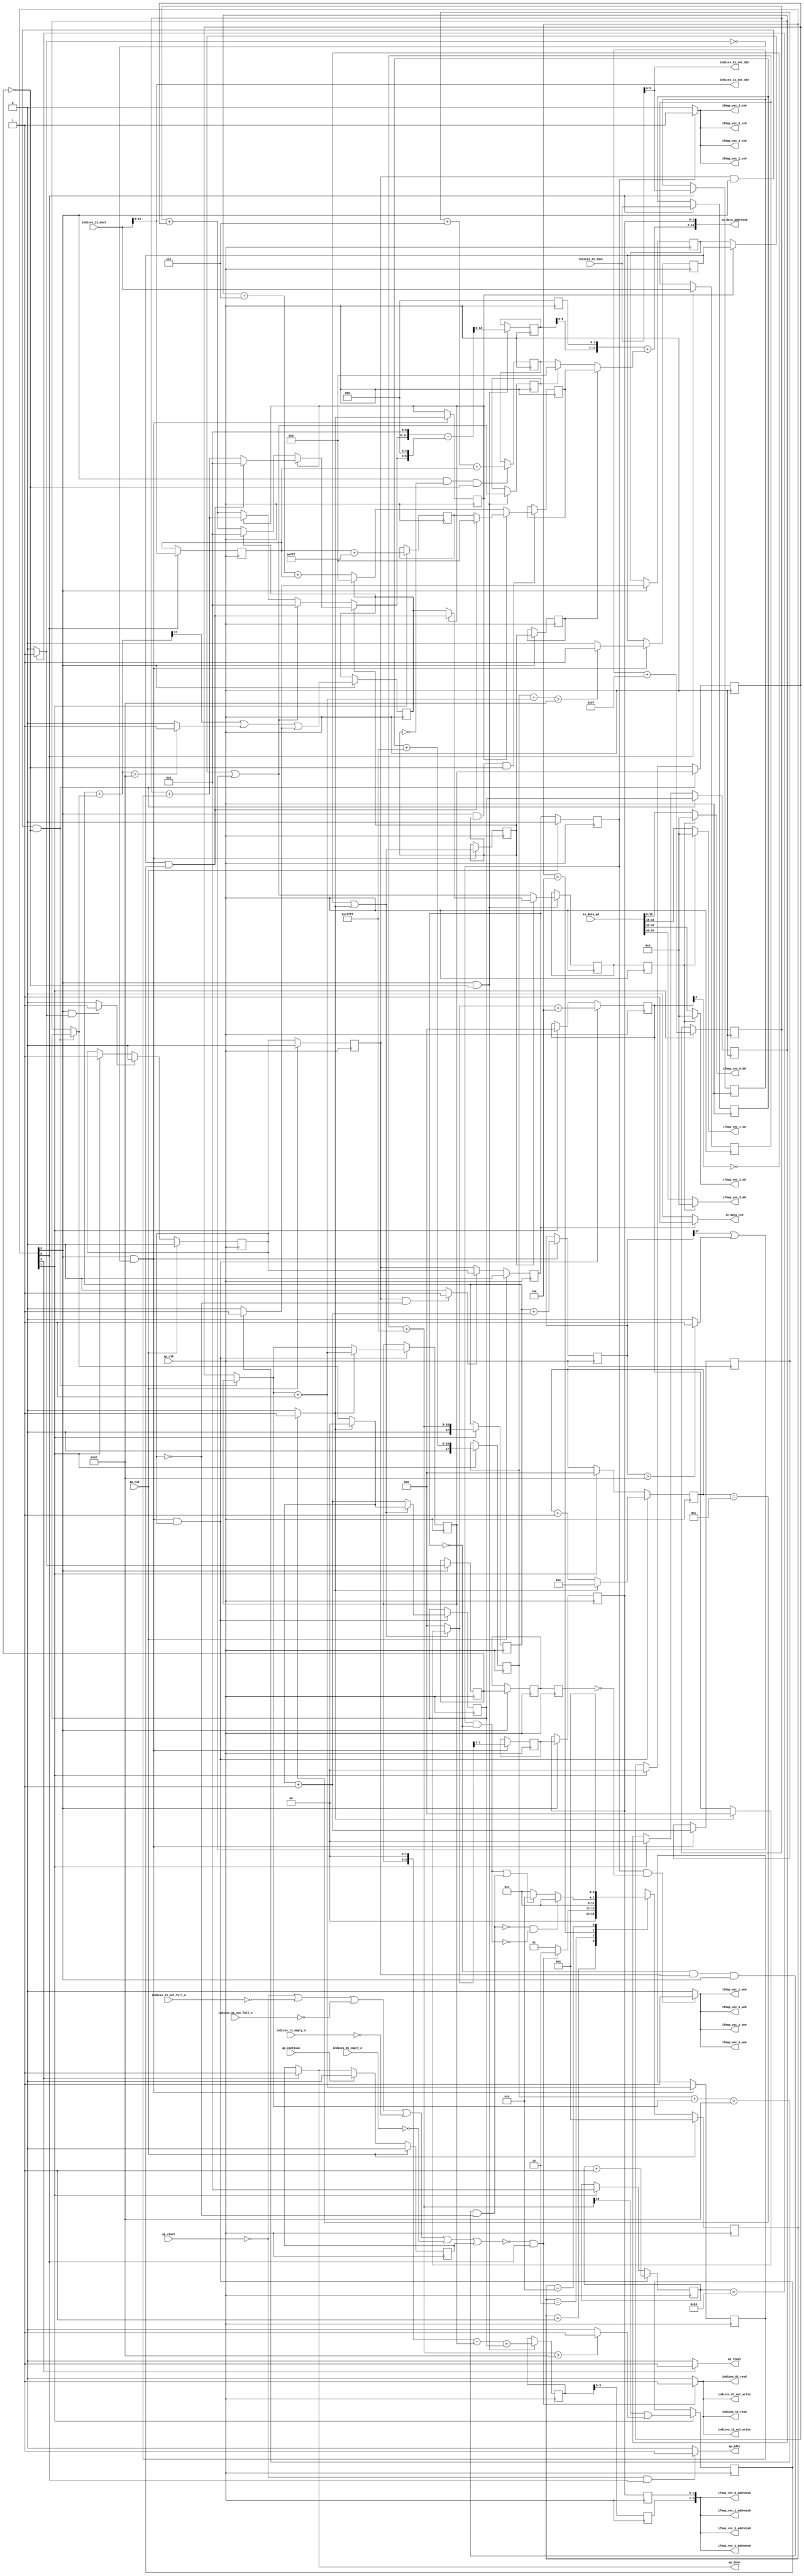
`define EXPONENT 5
`define MANTISSA 10
`define ACTUAL_MANTISSA 11
`define EXPONENT_LSB 10
`define EXPONENT_MSB 14
`define MANTISSA_LSB 0
`define MANTISSA_MSB 9
`define MANTISSA_MUL_SPLIT_LSB 3
`define MANTISSA_MUL_SPLIT_MSB 9
`define SIGN 1
`define SIGN_LOC 15
`define DWIDTH (`SIGN+`EXPONENT+`MANTISSA)
`define IEEE_COMPLIANCE 1

module td_fused_top_tdf4_readInputs37 (
        ap_clk,
        ap_rst,
        ap_start,
        ap_done,
        ap_continue,
        ap_idle,
        ap_ready,
        in_data_address0,
        in_data_ce0,
        in_data_q0,
        indices_01_dout,
        indices_01_empty_n,
        indices_01_read,
        indices_12_dout,
        indices_12_empty_n,
        indices_12_read,
        ifmap_vec_0_address0,
        ifmap_vec_0_ce0,
        ifmap_vec_0_we0,
        ifmap_vec_0_d0,
        ifmap_vec_1_address0,
        ifmap_vec_1_ce0,
        ifmap_vec_1_we0,
        ifmap_vec_1_d0,
        ifmap_vec_2_address0,
        ifmap_vec_2_ce0,
        ifmap_vec_2_we0,
        ifmap_vec_2_d0,
        ifmap_vec_3_address0,
        ifmap_vec_3_ce0,
        ifmap_vec_3_we0,
        ifmap_vec_3_d0,
        indices_01_out_din,
        indices_01_out_full_n,
        indices_01_out_write,
        indices_12_out_din,
        indices_12_out_full_n,
        indices_12_out_write
);

parameter    ap_ST_fsm_state1 = 4'd1;
parameter    ap_ST_fsm_state2 = 4'd2;
parameter    ap_ST_fsm_pp0_stage0 = 4'd4;
parameter    ap_ST_fsm_state7 = 4'd8;

input   ap_clk;
input   ap_rst;
input   ap_start;
output   ap_done;
input   ap_continue;
output   ap_idle;
output   ap_ready;
output  [13:0] in_data_address0;
output   in_data_ce0;
input  [63:0] in_data_q0;
input  [15:0] indices_01_dout;
input   indices_01_empty_n;
output   indices_01_read;
input  [15:0] indices_12_dout;
input   indices_12_empty_n;
output   indices_12_read;
output  [5:0] ifmap_vec_0_address0;
output   ifmap_vec_0_ce0;
output   ifmap_vec_0_we0;
output  [15:0] ifmap_vec_0_d0;
output  [5:0] ifmap_vec_1_address0;
output   ifmap_vec_1_ce0;
output   ifmap_vec_1_we0;
output  [15:0] ifmap_vec_1_d0;
output  [5:0] ifmap_vec_2_address0;
output   ifmap_vec_2_ce0;
output   ifmap_vec_2_we0;
output  [15:0] ifmap_vec_2_d0;
output  [5:0] ifmap_vec_3_address0;
output   ifmap_vec_3_ce0;
output   ifmap_vec_3_we0;
output  [15:0] ifmap_vec_3_d0;
output  [5:0] indices_01_out_din;
input   indices_01_out_full_n;
output   indices_01_out_write;
output  [11:0] indices_12_out_din;
input   indices_12_out_full_n;
output   indices_12_out_write;

reg ap_done;
reg ap_idle;
reg ap_ready;
reg in_data_ce0;
reg indices_01_read;
reg indices_12_read;
reg ifmap_vec_0_ce0;
reg ifmap_vec_0_we0;
reg ifmap_vec_1_ce0;
reg ifmap_vec_1_we0;
reg ifmap_vec_2_ce0;
reg ifmap_vec_2_we0;
reg ifmap_vec_3_ce0;
reg ifmap_vec_3_we0;
reg indices_01_out_write;
reg indices_12_out_write;

reg    ap_done_reg;
  reg   [3:0] ap_CS_fsm;
wire    ap_CS_fsm_state1;
reg    indices_01_blk_n;
reg    indices_12_blk_n;
reg    indices_01_out_blk_n;
reg    indices_12_out_blk_n;
reg   [5:0] indvar_flatten47_reg_231;
reg   [1:0] ii_reg_242;
reg   [4:0] indvar_flatten_reg_254;
reg   [1:0] jj_reg_265;
reg   [4:0] kk_reg_277;
reg   [15:0] indices_01_read_reg_909;
wire   [5:0] trunc_ln319_fu_288_p1;
reg   [5:0] trunc_ln319_reg_914;
reg   [15:0] indices_12_read_reg_919;
wire   [11:0] empty_fu_293_p1;
reg   [11:0] empty_reg_924;
wire   [17:0] p_cast_i_i_fu_310_p1;
reg   [17:0] p_cast_i_i_reg_931;
wire    ap_CS_fsm_state2;
wire   [17:0] sext_ln22_fu_320_p1;
reg   [17:0] sext_ln22_reg_937;
wire   [5:0] p_cast_fu_324_p2;
reg   [5:0] p_cast_reg_943;
wire   [0:0] or_ln23_16_fu_343_p2;
reg   [0:0] or_ln23_16_reg_949;
wire   [11:0] p_mid137_fu_349_p2;
reg   [11:0] p_mid137_reg_954;
wire   [5:0] add_ln19_4_fu_354_p2;
wire    ap_CS_fsm_pp0_stage0;
reg    ap_enable_reg_pp0_iter0;
wire    ap_block_state3_pp0_stage0_iter0;
wire    ap_block_state4_pp0_stage0_iter1;
wire    ap_block_state5_pp0_stage0_iter2;
wire    ap_block_state6_pp0_stage0_iter3;
wire    ap_block_pp0_stage0_11001;
wire   [0:0] empty_107_fu_369_p2;
reg   [0:0] empty_107_reg_964;
wire   [0:0] is_padding_fu_404_p2;
reg   [0:0] is_padding_reg_969;
wire   [0:0] icmp_ln19_fu_410_p2;
reg   [0:0] icmp_ln19_reg_976;
reg   [0:0] icmp_ln19_reg_976_pp0_iter1_reg;
reg   [0:0] icmp_ln19_reg_976_pp0_iter2_reg;
wire   [1:0] add_ln19_fu_416_p2;
reg   [1:0] add_ln19_reg_980;
wire   [0:0] icmp_ln20_fu_422_p2;
reg   [0:0] icmp_ln20_reg_985;
wire   [1:0] select_ln19_23_fu_444_p3;
reg   [1:0] select_ln19_23_reg_994;
wire   [0:0] p_mid113_fu_461_p2;
reg   [0:0] p_mid113_reg_1001;
wire   [0:0] or_ln19_fu_481_p2;
reg   [0:0] or_ln19_reg_1007;
reg   [0:0] or_ln19_reg_1007_pp0_iter1_reg;
wire   [1:0] add_ln20_fu_487_p2;
reg   [1:0] add_ln20_reg_1014;
wire   [1:0] select_ln20_16_fu_501_p3;
reg   [1:0] select_ln20_16_reg_1019;
wire   [17:0] add_ln22_5_fu_513_p2;
reg   [17:0] add_ln22_5_reg_1025;
reg   [1:0] lshr_ln_reg_1031;
reg   [1:0] lshr_ln_reg_1031_pp0_iter1_reg;
reg   [1:0] lshr_ln_reg_1031_pp0_iter2_reg;
wire   [4:0] add_ln25_fu_528_p2;
wire   [4:0] select_ln20_20_fu_540_p3;
wire   [11:0] select_ln19_28_fu_666_p3;
reg   [11:0] select_ln19_28_reg_1047;
wire   [5:0] add_ln33_fu_676_p2;
reg   [5:0] add_ln33_reg_1052;
reg   [5:0] add_ln33_reg_1052_pp0_iter2_reg;
wire   [0:0] or_ln23_20_fu_703_p2;
reg   [0:0] or_ln23_20_reg_1057;
wire   [0:0] select_ln20_17_fu_709_p3;
reg   [0:0] select_ln20_17_reg_1062;
reg   [0:0] select_ln20_17_reg_1062_pp0_iter2_reg;
wire   [11:0] p_mid1_fu_734_p2;
reg   [11:0] p_mid1_reg_1070;
wire   [12:0] sub_ln32_fu_770_p2;
reg   [12:0] sub_ln32_reg_1075;
wire    ap_block_pp0_stage0_subdone;
reg    ap_condition_pp0_flush_enable;
reg    ap_enable_reg_pp0_iter1;
reg    ap_enable_reg_pp0_iter2;
reg    ap_condition_pp0_exit_iter1_state4;
reg    ap_enable_reg_pp0_iter3;
reg   [1:0] ap_phi_mux_ii_phi_fu_246_p4;
wire    ap_block_pp0_stage0;
reg   [1:0] ap_phi_mux_jj_phi_fu_269_p4;
wire   [63:0] sext_ln32_fu_808_p1;
wire   [63:0] sext_ln33_fu_819_p1;
reg    ap_block_state1;
wire   [16:0] zext_ln19_fu_301_p1;
wire   [16:0] empty_105_fu_304_p2;
wire   [16:0] j_cast_i_i_fu_298_p1;
wire   [16:0] add_ln22_fu_314_p2;
wire   [0:0] tmp_45_fu_329_p3;
wire   [0:0] icmp_ln24_fu_337_p2;
wire   [17:0] ii_cast_i_i_fu_360_p1;
wire   [17:0] empty_106_fu_364_p2;
wire   [17:0] zext_ln20_fu_375_p1;
wire   [17:0] add_ln22_4_fu_379_p2;
wire   [0:0] tmp_46_fu_384_p3;
wire   [0:0] icmp_ln24_4_fu_392_p2;
wire   [0:0] or_ln23_fu_398_p2;
wire   [17:0] ii_cast_i_i_mid1_fu_452_p1;
wire   [17:0] p_mid111_fu_456_p2;
wire   [0:0] tmp_47_fu_467_p3;
wire   [0:0] xor_ln25_fu_475_p2;
wire   [1:0] select_ln19_fu_428_p3;
wire   [4:0] select_ln19_22_fu_436_p3;
wire   [17:0] zext_ln20_4_fu_509_p1;
wire   [4:0] select_ln20_fu_493_p3;
wire   [4:0] add_ln20_4_fu_534_p2;
wire   [5:0] ii_cast_fu_548_p1;
wire   [5:0] p_cast28_i_i_fu_552_p2;
wire   [2:0] zext_ln22_fu_557_p1;
wire   [2:0] tmp1_fu_568_p2;
wire   [11:0] tmp1_cast_fu_574_p1;
wire   [11:0] empty_108_fu_578_p2;
wire   [3:0] tmp_fu_593_p3;
wire   [4:0] zext_ln33_8_fu_600_p1;
wire   [4:0] zext_ln33_fu_590_p1;
wire   [4:0] sub_ln33_fu_604_p2;
wire   [5:0] ii_cast_mid1_fu_614_p1;
wire   [5:0] p_cast28_i_i_mid1_fu_617_p2;
wire   [0:0] or_ln23_18_fu_634_p2;
wire   [5:0] row_coord_int_mid131_fu_644_p3;
wire   [5:0] row_coord_int_fu_561_p3;
wire   [11:0] col_coord_int_mid139_fu_652_p3;
wire   [11:0] col_coord_int_fu_583_p3;
wire   [5:0] sub_ln33_cast_fu_610_p1;
wire   [5:0] zext_ln33_9_fu_673_p1;
wire   [0:0] tmp_48_fu_685_p3;
wire   [0:0] icmp_ln24_5_fu_692_p2;
wire   [0:0] or_ln23_19_fu_697_p2;
wire   [0:0] select_ln19_25_fu_629_p3;
wire   [0:0] select_ln19_26_fu_638_p3;
wire   [5:0] select_ln19_24_fu_622_p3;
wire   [2:0] zext_ln22_4_fu_682_p1;
wire   [2:0] tmp1_mid1_fu_724_p2;
wire   [11:0] tmp1_cast_mid1_fu_730_p1;
wire   [5:0] select_ln19_27_fu_659_p3;
wire   [5:0] row_coord_int_mid1_fu_716_p3;
wire   [5:0] select_ln20_18_fu_739_p3;
wire   [11:0] tmp_s_fu_746_p3;
wire   [8:0] tmp_28_fu_758_p3;
wire   [12:0] zext_ln32_fu_754_p1;
wire   [12:0] zext_ln32_32_fu_766_p1;
wire   [11:0] col_coord_int_mid1_fu_776_p3;
wire   [11:0] select_ln20_19_fu_785_p3;
wire   [13:0] sext_ln20_fu_782_p1;
wire   [13:0] zext_ln32_33_fu_791_p1;
wire   [13:0] add_ln32_fu_795_p2;
wire   [15:0] tmp_49_fu_801_p3;
wire   [7:0] tmp_50_fu_813_p3;
wire   [15:0] trunc_ln32_fu_827_p1;
wire   [15:0] in_data_elem_fu_831_p1;
wire   [15:0] tmp_144_i_i_fu_843_p4;
wire   [15:0] in_data_elem_6_fu_853_p1;
wire   [15:0] tmp_145_i_i_fu_865_p4;
wire   [15:0] in_data_elem_7_fu_875_p1;
wire   [15:0] tmp_146_i_i_fu_887_p4;
wire   [15:0] in_data_elem_8_fu_897_p1;
wire    ap_CS_fsm_state7;
reg   [3:0] ap_NS_fsm;
reg    ap_idle_pp0;
wire    ap_enable_pp0;
wire    ap_ce_reg;

// power-on initialization
initial begin
#0 ap_done_reg = 1'b0;
#0 ap_CS_fsm = 4'd1;
#0 ap_enable_reg_pp0_iter0 = 1'b0;
#0 ap_enable_reg_pp0_iter1 = 1'b0;
#0 ap_enable_reg_pp0_iter2 = 1'b0;
#0 ap_enable_reg_pp0_iter3 = 1'b0;
end

always @ (posedge ap_clk) begin
    if (ap_rst == 1'b1) begin
        ap_CS_fsm <= ap_ST_fsm_state1;
    end else begin
        ap_CS_fsm <= ap_NS_fsm;
    end
end

always @ (posedge ap_clk) begin
    if (ap_rst == 1'b1) begin
        ap_done_reg <= 1'b0;
    end else begin
        if ((ap_continue == 1'b1)) begin
            ap_done_reg <= 1'b0;
        end else if ((1'b1 == ap_CS_fsm_state7)) begin
            ap_done_reg <= 1'b1;
        end
    end
end

always @ (posedge ap_clk) begin
    if (ap_rst == 1'b1) begin
        ap_enable_reg_pp0_iter0 <= 1'b0;
    end else begin
        if ((1'b1 == ap_condition_pp0_flush_enable)) begin
            ap_enable_reg_pp0_iter0 <= 1'b0;
        end else if ((1'b1 == ap_CS_fsm_state2)) begin
            ap_enable_reg_pp0_iter0 <= 1'b1;
        end
    end
end

always @ (posedge ap_clk) begin
    if (ap_rst == 1'b1) begin
        ap_enable_reg_pp0_iter1 <= 1'b0;
    end else begin
        if ((1'b0 == ap_block_pp0_stage0_subdone)) begin
            ap_enable_reg_pp0_iter1 <= ap_enable_reg_pp0_iter0;
        end
    end
end

always @ (posedge ap_clk) begin
    if (ap_rst == 1'b1) begin
        ap_enable_reg_pp0_iter2 <= 1'b0;
    end else begin
        if ((1'b0 == ap_block_pp0_stage0_subdone)) begin
            if ((1'b1 == ap_condition_pp0_exit_iter1_state4)) begin
                ap_enable_reg_pp0_iter2 <= ap_enable_reg_pp0_iter0;
            end else if ((1'b1 == 1'b1)) begin
                ap_enable_reg_pp0_iter2 <= ap_enable_reg_pp0_iter1;
            end
        end
    end
end

always @ (posedge ap_clk) begin
    if (ap_rst == 1'b1) begin
        ap_enable_reg_pp0_iter3 <= 1'b0;
    end else begin
        if ((1'b0 == ap_block_pp0_stage0_subdone)) begin
            ap_enable_reg_pp0_iter3 <= ap_enable_reg_pp0_iter2;
        end else if ((1'b1 == ap_CS_fsm_state2)) begin
            ap_enable_reg_pp0_iter3 <= 1'b0;
        end
    end
end

always @ (posedge ap_clk) begin
    if (((ap_enable_reg_pp0_iter1 == 1'b1) & (1'b1 == ap_CS_fsm_pp0_stage0) & (icmp_ln19_reg_976 == 1'd0) & (1'b0 == ap_block_pp0_stage0_11001))) begin
        ii_reg_242 <= select_ln19_23_reg_994;
    end else if ((1'b1 == ap_CS_fsm_state2)) begin
        ii_reg_242 <= 2'd0;
    end
end

always @ (posedge ap_clk) begin
    if (((1'b1 == ap_CS_fsm_pp0_stage0) & (icmp_ln19_fu_410_p2 == 1'd0) & (1'b0 == ap_block_pp0_stage0_11001) & (ap_enable_reg_pp0_iter0 == 1'b1))) begin
        indvar_flatten47_reg_231 <= add_ln19_4_fu_354_p2;
    end else if ((1'b1 == ap_CS_fsm_state2)) begin
        indvar_flatten47_reg_231 <= 6'd0;
    end
end

always @ (posedge ap_clk) begin
    if (((1'b1 == ap_CS_fsm_pp0_stage0) & (icmp_ln19_fu_410_p2 == 1'd0) & (1'b0 == ap_block_pp0_stage0_11001) & (ap_enable_reg_pp0_iter0 == 1'b1))) begin
        indvar_flatten_reg_254 <= select_ln20_20_fu_540_p3;
    end else if ((1'b1 == ap_CS_fsm_state2)) begin
        indvar_flatten_reg_254 <= 5'd0;
    end
end

always @ (posedge ap_clk) begin
    if (((ap_enable_reg_pp0_iter1 == 1'b1) & (1'b1 == ap_CS_fsm_pp0_stage0) & (icmp_ln19_reg_976 == 1'd0) & (1'b0 == ap_block_pp0_stage0_11001))) begin
        jj_reg_265 <= select_ln20_16_reg_1019;
    end else if ((1'b1 == ap_CS_fsm_state2)) begin
        jj_reg_265 <= 2'd0;
    end
end

always @ (posedge ap_clk) begin
    if (((1'b1 == ap_CS_fsm_pp0_stage0) & (icmp_ln19_fu_410_p2 == 1'd0) & (1'b0 == ap_block_pp0_stage0_11001) & (ap_enable_reg_pp0_iter0 == 1'b1))) begin
        kk_reg_277 <= add_ln25_fu_528_p2;
    end else if ((1'b1 == ap_CS_fsm_state2)) begin
        kk_reg_277 <= 5'd0;
    end
end

always @ (posedge ap_clk) begin
    if (((1'b1 == ap_CS_fsm_pp0_stage0) & (icmp_ln19_fu_410_p2 == 1'd0) & (1'b0 == ap_block_pp0_stage0_11001))) begin
        add_ln19_reg_980 <= add_ln19_fu_416_p2;
        add_ln20_reg_1014 <= add_ln20_fu_487_p2;
        add_ln22_5_reg_1025 <= add_ln22_5_fu_513_p2;
        icmp_ln20_reg_985 <= icmp_ln20_fu_422_p2;
        lshr_ln_reg_1031 <= {{select_ln20_fu_493_p3[3:2]}};
        or_ln19_reg_1007 <= or_ln19_fu_481_p2;
        p_mid113_reg_1001 <= p_mid113_fu_461_p2;
    end
end

always @ (posedge ap_clk) begin
    if (((1'b1 == ap_CS_fsm_pp0_stage0) & (icmp_ln19_reg_976 == 1'd0) & (1'b0 == ap_block_pp0_stage0_11001))) begin
        add_ln33_reg_1052 <= add_ln33_fu_676_p2;
        or_ln23_20_reg_1057 <= or_ln23_20_fu_703_p2;
        select_ln20_17_reg_1062 <= select_ln20_17_fu_709_p3;
        sub_ln32_reg_1075[12 : 3] <= sub_ln32_fu_770_p2[12 : 3];
    end
end

always @ (posedge ap_clk) begin
    if ((1'b0 == ap_block_pp0_stage0_11001)) begin
        add_ln33_reg_1052_pp0_iter2_reg <= add_ln33_reg_1052;
        icmp_ln19_reg_976_pp0_iter2_reg <= icmp_ln19_reg_976_pp0_iter1_reg;
        lshr_ln_reg_1031_pp0_iter2_reg <= lshr_ln_reg_1031_pp0_iter1_reg;
        select_ln20_17_reg_1062_pp0_iter2_reg <= select_ln20_17_reg_1062;
    end
end

always @ (posedge ap_clk) begin
    if (((1'b1 == ap_CS_fsm_pp0_stage0) & (1'b0 == ap_block_pp0_stage0_11001))) begin
        empty_107_reg_964 <= empty_107_fu_369_p2;
        icmp_ln19_reg_976 <= icmp_ln19_fu_410_p2;
        icmp_ln19_reg_976_pp0_iter1_reg <= icmp_ln19_reg_976;
        is_padding_reg_969 <= is_padding_fu_404_p2;
        lshr_ln_reg_1031_pp0_iter1_reg <= lshr_ln_reg_1031;
        or_ln19_reg_1007_pp0_iter1_reg <= or_ln19_reg_1007;
    end
end

always @ (posedge ap_clk) begin
    if ((1'b1 == ap_CS_fsm_state1)) begin
        empty_reg_924 <= empty_fu_293_p1;
        indices_01_read_reg_909 <= indices_01_dout;
        indices_12_read_reg_919 <= indices_12_dout;
        trunc_ln319_reg_914 <= trunc_ln319_fu_288_p1;
    end
end

always @ (posedge ap_clk) begin
    if ((1'b1 == ap_CS_fsm_state2)) begin
        or_ln23_16_reg_949 <= or_ln23_16_fu_343_p2;
        p_cast_i_i_reg_931 <= p_cast_i_i_fu_310_p1;
        p_cast_reg_943 <= p_cast_fu_324_p2;
        p_mid137_reg_954 <= p_mid137_fu_349_p2;
        sext_ln22_reg_937 <= sext_ln22_fu_320_p1;
    end
end

always @ (posedge ap_clk) begin
    if (((1'b1 == ap_CS_fsm_pp0_stage0) & (or_ln19_reg_1007 == 1'd0) & (icmp_ln19_reg_976 == 1'd0) & (1'b0 == ap_block_pp0_stage0_11001))) begin
        p_mid1_reg_1070 <= p_mid1_fu_734_p2;
    end
end

always @ (posedge ap_clk) begin
    if (((1'b1 == ap_CS_fsm_pp0_stage0) & (icmp_ln19_fu_410_p2 == 1'd0) & (1'b0 == ap_block_pp0_stage0_11001) & (ap_enable_reg_pp0_iter0 == 1'b1))) begin
        select_ln19_23_reg_994 <= select_ln19_23_fu_444_p3;
        select_ln20_16_reg_1019 <= select_ln20_16_fu_501_p3;
    end
end

always @ (posedge ap_clk) begin
    if (((1'b1 == ap_CS_fsm_pp0_stage0) & (or_ln19_reg_1007 == 1'd1) & (icmp_ln19_reg_976 == 1'd0) & (1'b0 == ap_block_pp0_stage0_11001))) begin
        select_ln19_28_reg_1047 <= select_ln19_28_fu_666_p3;
    end
end

always @ (*) begin
    if (((ap_enable_reg_pp0_iter1 == 1'b1) & (ap_enable_reg_pp0_iter0 == 1'b0))) begin
        ap_condition_pp0_exit_iter1_state4 = 1'b1;
    end else begin
        ap_condition_pp0_exit_iter1_state4 = 1'b0;
    end
end

always @ (*) begin
    if (((1'b1 == ap_CS_fsm_pp0_stage0) & (icmp_ln19_fu_410_p2 == 1'd1) & (1'b0 == ap_block_pp0_stage0_subdone))) begin
        ap_condition_pp0_flush_enable = 1'b1;
    end else begin
        ap_condition_pp0_flush_enable = 1'b0;
    end
end

always @ (*) begin
    if ((1'b1 == ap_CS_fsm_state7)) begin
        ap_done = 1'b1;
    end else begin
        ap_done = ap_done_reg;
    end
end

always @ (*) begin
    if (((ap_start == 1'b0) & (1'b1 == ap_CS_fsm_state1))) begin
        ap_idle = 1'b1;
    end else begin
        ap_idle = 1'b0;
    end
end

always @ (*) begin
    if (((ap_enable_reg_pp0_iter3 == 1'b0) & (ap_enable_reg_pp0_iter2 == 1'b0) & (ap_enable_reg_pp0_iter1 == 1'b0) & (ap_enable_reg_pp0_iter0 == 1'b0))) begin
        ap_idle_pp0 = 1'b1;
    end else begin
        ap_idle_pp0 = 1'b0;
    end
end

always @ (*) begin
    if (((ap_enable_reg_pp0_iter1 == 1'b1) & (1'b1 == ap_CS_fsm_pp0_stage0) & (icmp_ln19_reg_976 == 1'd0) & (1'b0 == ap_block_pp0_stage0))) begin
        ap_phi_mux_ii_phi_fu_246_p4 = select_ln19_23_reg_994;
    end else begin
        ap_phi_mux_ii_phi_fu_246_p4 = ii_reg_242;
    end
end

always @ (*) begin
    if (((ap_enable_reg_pp0_iter1 == 1'b1) & (1'b1 == ap_CS_fsm_pp0_stage0) & (icmp_ln19_reg_976 == 1'd0) & (1'b0 == ap_block_pp0_stage0))) begin
        ap_phi_mux_jj_phi_fu_269_p4 = select_ln20_16_reg_1019;
    end else begin
        ap_phi_mux_jj_phi_fu_269_p4 = jj_reg_265;
    end
end

always @ (*) begin
    if ((1'b1 == ap_CS_fsm_state7)) begin
        ap_ready = 1'b1;
    end else begin
        ap_ready = 1'b0;
    end
end

always @ (*) begin
    if (((ap_enable_reg_pp0_iter3 == 1'b1) & (1'b0 == ap_block_pp0_stage0_11001))) begin
        ifmap_vec_0_ce0 = 1'b1;
    end else begin
        ifmap_vec_0_ce0 = 1'b0;
    end
end

always @ (*) begin
    if (((ap_enable_reg_pp0_iter3 == 1'b1) & (icmp_ln19_reg_976_pp0_iter2_reg == 1'd0) & (1'b0 == ap_block_pp0_stage0_11001))) begin
        ifmap_vec_0_we0 = 1'b1;
    end else begin
        ifmap_vec_0_we0 = 1'b0;
    end
end

always @ (*) begin
    if (((ap_enable_reg_pp0_iter3 == 1'b1) & (1'b0 == ap_block_pp0_stage0_11001))) begin
        ifmap_vec_1_ce0 = 1'b1;
    end else begin
        ifmap_vec_1_ce0 = 1'b0;
    end
end

always @ (*) begin
    if (((ap_enable_reg_pp0_iter3 == 1'b1) & (icmp_ln19_reg_976_pp0_iter2_reg == 1'd0) & (1'b0 == ap_block_pp0_stage0_11001))) begin
        ifmap_vec_1_we0 = 1'b1;
    end else begin
        ifmap_vec_1_we0 = 1'b0;
    end
end

always @ (*) begin
    if (((ap_enable_reg_pp0_iter3 == 1'b1) & (1'b0 == ap_block_pp0_stage0_11001))) begin
        ifmap_vec_2_ce0 = 1'b1;
    end else begin
        ifmap_vec_2_ce0 = 1'b0;
    end
end

always @ (*) begin
    if (((ap_enable_reg_pp0_iter3 == 1'b1) & (icmp_ln19_reg_976_pp0_iter2_reg == 1'd0) & (1'b0 == ap_block_pp0_stage0_11001))) begin
        ifmap_vec_2_we0 = 1'b1;
    end else begin
        ifmap_vec_2_we0 = 1'b0;
    end
end

always @ (*) begin
    if (((ap_enable_reg_pp0_iter3 == 1'b1) & (1'b0 == ap_block_pp0_stage0_11001))) begin
        ifmap_vec_3_ce0 = 1'b1;
    end else begin
        ifmap_vec_3_ce0 = 1'b0;
    end
end

always @ (*) begin
    if (((ap_enable_reg_pp0_iter3 == 1'b1) & (icmp_ln19_reg_976_pp0_iter2_reg == 1'd0) & (1'b0 == ap_block_pp0_stage0_11001))) begin
        ifmap_vec_3_we0 = 1'b1;
    end else begin
        ifmap_vec_3_we0 = 1'b0;
    end
end

always @ (*) begin
    if (((ap_enable_reg_pp0_iter2 == 1'b1) & (1'b0 == ap_block_pp0_stage0_11001))) begin
        in_data_ce0 = 1'b1;
    end else begin
        in_data_ce0 = 1'b0;
    end
end

always @ (*) begin
    if ((~((ap_start == 1'b0) | (ap_done_reg == 1'b1)) & (1'b1 == ap_CS_fsm_state1))) begin
        indices_01_blk_n = indices_01_empty_n;
    end else begin
        indices_01_blk_n = 1'b1;
    end
end

always @ (*) begin
    if ((~((ap_start == 1'b0) | (ap_done_reg == 1'b1)) & (1'b1 == ap_CS_fsm_state1))) begin
        indices_01_out_blk_n = indices_01_out_full_n;
    end else begin
        indices_01_out_blk_n = 1'b1;
    end
end

always @ (*) begin
    if ((~((ap_start == 1'b0) | (indices_12_out_full_n == 1'b0) | (indices_01_out_full_n == 1'b0) | (indices_12_empty_n == 1'b0) | (indices_01_empty_n == 1'b0) | (ap_done_reg == 1'b1)) & (1'b1 == ap_CS_fsm_state1))) begin
        indices_01_out_write = 1'b1;
    end else begin
        indices_01_out_write = 1'b0;
    end
end

always @ (*) begin
    if ((~((ap_start == 1'b0) | (indices_12_out_full_n == 1'b0) | (indices_01_out_full_n == 1'b0) | (indices_12_empty_n == 1'b0) | (indices_01_empty_n == 1'b0) | (ap_done_reg == 1'b1)) & (1'b1 == ap_CS_fsm_state1))) begin
        indices_01_read = 1'b1;
    end else begin
        indices_01_read = 1'b0;
    end
end

always @ (*) begin
    if ((~((ap_start == 1'b0) | (ap_done_reg == 1'b1)) & (1'b1 == ap_CS_fsm_state1))) begin
        indices_12_blk_n = indices_12_empty_n;
    end else begin
        indices_12_blk_n = 1'b1;
    end
end

always @ (*) begin
    if ((~((ap_start == 1'b0) | (ap_done_reg == 1'b1)) & (1'b1 == ap_CS_fsm_state1))) begin
        indices_12_out_blk_n = indices_12_out_full_n;
    end else begin
        indices_12_out_blk_n = 1'b1;
    end
end

always @ (*) begin
    if ((~((ap_start == 1'b0) | (indices_12_out_full_n == 1'b0) | (indices_01_out_full_n == 1'b0) | (indices_12_empty_n == 1'b0) | (indices_01_empty_n == 1'b0) | (ap_done_reg == 1'b1)) & (1'b1 == ap_CS_fsm_state1))) begin
        indices_12_out_write = 1'b1;
    end else begin
        indices_12_out_write = 1'b0;
    end
end

always @ (*) begin
    if ((~((ap_start == 1'b0) | (indices_12_out_full_n == 1'b0) | (indices_01_out_full_n == 1'b0) | (indices_12_empty_n == 1'b0) | (indices_01_empty_n == 1'b0) | (ap_done_reg == 1'b1)) & (1'b1 == ap_CS_fsm_state1))) begin
        indices_12_read = 1'b1;
    end else begin
        indices_12_read = 1'b0;
    end
end

always @ (*) begin
    case (ap_CS_fsm)
        ap_ST_fsm_state1 : begin
            if ((~((ap_start == 1'b0) | (indices_12_out_full_n == 1'b0) | (indices_01_out_full_n == 1'b0) | (indices_12_empty_n == 1'b0) | (indices_01_empty_n == 1'b0) | (ap_done_reg == 1'b1)) & (1'b1 == ap_CS_fsm_state1))) begin
                ap_NS_fsm = ap_ST_fsm_state2;
            end else begin
                ap_NS_fsm = ap_ST_fsm_state1;
            end
        end
        ap_ST_fsm_state2 : begin
            ap_NS_fsm = ap_ST_fsm_pp0_stage0;
        end
        ap_ST_fsm_pp0_stage0 : begin
            if ((~((ap_enable_reg_pp0_iter2 == 1'b0) & (ap_enable_reg_pp0_iter1 == 1'b1) & (1'b1 == ap_CS_fsm_pp0_stage0) & (1'b0 == ap_block_pp0_stage0_subdone) & (ap_enable_reg_pp0_iter0 == 1'b0)) & ~((ap_enable_reg_pp0_iter3 == 1'b1) & (ap_enable_reg_pp0_iter2 == 1'b0) & (1'b0 == ap_block_pp0_stage0_subdone)))) begin
                ap_NS_fsm = ap_ST_fsm_pp0_stage0;
            end else if ((((ap_enable_reg_pp0_iter3 == 1'b1) & (ap_enable_reg_pp0_iter2 == 1'b0) & (1'b0 == ap_block_pp0_stage0_subdone)) | ((ap_enable_reg_pp0_iter2 == 1'b0) & (ap_enable_reg_pp0_iter1 == 1'b1) & (1'b1 == ap_CS_fsm_pp0_stage0) & (1'b0 == ap_block_pp0_stage0_subdone) & (ap_enable_reg_pp0_iter0 == 1'b0)))) begin
                ap_NS_fsm = ap_ST_fsm_state7;
            end else begin
                ap_NS_fsm = ap_ST_fsm_pp0_stage0;
            end
        end
        ap_ST_fsm_state7 : begin
            ap_NS_fsm = ap_ST_fsm_state1;
        end
        default : begin
            ap_NS_fsm = 'bx;
        end
    endcase
end

assign add_ln19_4_fu_354_p2 = (indvar_flatten47_reg_231 + 6'd1);

assign add_ln19_fu_416_p2 = (ap_phi_mux_ii_phi_fu_246_p4 + 2'd1);

assign add_ln20_4_fu_534_p2 = (indvar_flatten_reg_254 + 5'd1);

assign add_ln20_fu_487_p2 = (select_ln19_fu_428_p3 + 2'd1);

assign add_ln22_4_fu_379_p2 = ((sext_ln22_reg_937) + (zext_ln20_fu_375_p1));

assign add_ln22_5_fu_513_p2 = ((sext_ln22_reg_937) + (zext_ln20_4_fu_509_p1));

assign add_ln22_fu_314_p2 = ((j_cast_i_i_fu_298_p1) + (17'd131071));

assign add_ln25_fu_528_p2 = (select_ln20_fu_493_p3 + 5'd4);

assign add_ln32_fu_795_p2 = ((sext_ln20_fu_782_p1) + (zext_ln32_33_fu_791_p1));

assign add_ln33_fu_676_p2 = ((sub_ln33_cast_fu_610_p1) + (zext_ln33_9_fu_673_p1));

assign ap_CS_fsm_pp0_stage0 = ap_CS_fsm[32'd2];

assign ap_CS_fsm_state1 = ap_CS_fsm[32'd0];

assign ap_CS_fsm_state2 = ap_CS_fsm[32'd1];

assign ap_CS_fsm_state7 = ap_CS_fsm[32'd3];

assign ap_block_pp0_stage0 = ~(1'b1 == 1'b1);

assign ap_block_pp0_stage0_11001 = ~(1'b1 == 1'b1);

assign ap_block_pp0_stage0_subdone = ~(1'b1 == 1'b1);

always @ (*) begin
    ap_block_state1 = ((ap_start == 1'b0) | (indices_12_out_full_n == 1'b0) | (indices_01_out_full_n == 1'b0) | (indices_12_empty_n == 1'b0) | (indices_01_empty_n == 1'b0) | (ap_done_reg == 1'b1));
end

assign ap_block_state3_pp0_stage0_iter0 = ~(1'b1 == 1'b1);

assign ap_block_state4_pp0_stage0_iter1 = ~(1'b1 == 1'b1);

assign ap_block_state5_pp0_stage0_iter2 = ~(1'b1 == 1'b1);

assign ap_block_state6_pp0_stage0_iter3 = ~(1'b1 == 1'b1);

assign ap_enable_pp0 = (ap_idle_pp0 ^ 1'b1);

assign col_coord_int_fu_583_p3 = ((is_padding_reg_969[0:0] == 1'b1) ? 12'd0 : empty_108_fu_578_p2);

assign col_coord_int_mid139_fu_652_p3 = ((or_ln23_18_fu_634_p2[0:0] == 1'b1) ? 12'd0 : p_mid137_reg_954);

assign col_coord_int_mid1_fu_776_p3 = ((or_ln23_20_reg_1057[0:0] == 1'b1) ? 12'd0 : p_mid1_reg_1070);

assign empty_105_fu_304_p2 = ((zext_ln19_fu_301_p1) + (17'd131071));

assign empty_106_fu_364_p2 = ((p_cast_i_i_reg_931) + (ii_cast_i_i_fu_360_p1));

assign empty_107_fu_369_p2 = ((empty_106_fu_364_p2 > 18'd55) ? 1'b1 : 1'b0);

assign empty_108_fu_578_p2 = ((tmp1_cast_fu_574_p1) + (empty_reg_924));

assign empty_fu_293_p1 = indices_12_dout[11:0];

assign icmp_ln19_fu_410_p2 = ((indvar_flatten47_reg_231 == 6'd36) ? 1'b1 : 1'b0);

assign icmp_ln20_fu_422_p2 = ((indvar_flatten_reg_254 == 5'd12) ? 1'b1 : 1'b0);

assign icmp_ln24_4_fu_392_p2 = (((add_ln22_4_fu_379_p2) > (18'd55)) ? 1'b1 : 1'b0);

assign icmp_ln24_5_fu_692_p2 = (((add_ln22_5_reg_1025) > (18'd55)) ? 1'b1 : 1'b0);

assign icmp_ln24_fu_337_p2 = (((add_ln22_fu_314_p2) > (17'd55)) ? 1'b1 : 1'b0);

assign ifmap_vec_0_address0 = sext_ln33_fu_819_p1;

assign ifmap_vec_0_d0 = ((select_ln20_17_reg_1062_pp0_iter2_reg[0:0] == 1'b1) ? 16'd0 : in_data_elem_fu_831_p1);

assign ifmap_vec_1_address0 = sext_ln33_fu_819_p1;

assign ifmap_vec_1_d0 = ((select_ln20_17_reg_1062_pp0_iter2_reg[0:0] == 1'b1) ? 16'd0 : in_data_elem_6_fu_853_p1);

assign ifmap_vec_2_address0 = sext_ln33_fu_819_p1;

assign ifmap_vec_2_d0 = ((select_ln20_17_reg_1062_pp0_iter2_reg[0:0] == 1'b1) ? 16'd0 : in_data_elem_7_fu_875_p1);

assign ifmap_vec_3_address0 = sext_ln33_fu_819_p1;

assign ifmap_vec_3_d0 = ((select_ln20_17_reg_1062_pp0_iter2_reg[0:0] == 1'b1) ? 16'd0 : in_data_elem_8_fu_897_p1);

assign ii_cast_fu_548_p1 = ii_reg_242;

assign ii_cast_i_i_fu_360_p1 = ap_phi_mux_ii_phi_fu_246_p4;

assign ii_cast_i_i_mid1_fu_452_p1 = add_ln19_fu_416_p2;

assign ii_cast_mid1_fu_614_p1 = add_ln19_reg_980;

assign in_data_address0 = sext_ln32_fu_808_p1;

assign in_data_elem_6_fu_853_p1 = tmp_144_i_i_fu_843_p4;

assign in_data_elem_7_fu_875_p1 = tmp_145_i_i_fu_865_p4;

assign in_data_elem_8_fu_897_p1 = tmp_146_i_i_fu_887_p4;

assign in_data_elem_fu_831_p1 = trunc_ln32_fu_827_p1;

assign indices_01_out_din = indices_01_dout[5:0];

assign indices_12_out_din = indices_12_dout[11:0];

assign is_padding_fu_404_p2 = (or_ln23_fu_398_p2 | empty_107_fu_369_p2);

assign j_cast_i_i_fu_298_p1 = indices_12_read_reg_919;

assign or_ln19_fu_481_p2 = (xor_ln25_fu_475_p2 | icmp_ln20_fu_422_p2);

assign or_ln23_16_fu_343_p2 = (tmp_45_fu_329_p3 | icmp_ln24_fu_337_p2);

assign or_ln23_18_fu_634_p2 = (p_mid113_reg_1001 | or_ln23_16_reg_949);

assign or_ln23_19_fu_697_p2 = (tmp_48_fu_685_p3 | icmp_ln24_5_fu_692_p2);

assign or_ln23_20_fu_703_p2 = (select_ln19_25_fu_629_p3 | or_ln23_19_fu_697_p2);

assign or_ln23_fu_398_p2 = (tmp_46_fu_384_p3 | icmp_ln24_4_fu_392_p2);

assign p_cast28_i_i_fu_552_p2 = (p_cast_reg_943 + ii_cast_fu_548_p1);

assign p_cast28_i_i_mid1_fu_617_p2 = (p_cast_reg_943 + ii_cast_mid1_fu_614_p1);

assign p_cast_fu_324_p2 = ((trunc_ln319_reg_914) + (6'd63));

assign p_cast_i_i_fu_310_p1 = (empty_105_fu_304_p2);

assign p_mid111_fu_456_p2 = ((p_cast_i_i_reg_931) + (ii_cast_i_i_mid1_fu_452_p1));

assign p_mid113_fu_461_p2 = ((p_mid111_fu_456_p2 > 18'd55) ? 1'b1 : 1'b0);

assign p_mid137_fu_349_p2 = ((empty_reg_924) + (12'd4095));

assign p_mid1_fu_734_p2 = ((tmp1_cast_mid1_fu_730_p1) + (empty_reg_924));

assign row_coord_int_fu_561_p3 = ((is_padding_reg_969[0:0] == 1'b1) ? 6'd0 : p_cast28_i_i_fu_552_p2);

assign row_coord_int_mid131_fu_644_p3 = ((or_ln23_18_fu_634_p2[0:0] == 1'b1) ? 6'd0 : p_cast28_i_i_mid1_fu_617_p2);

assign row_coord_int_mid1_fu_716_p3 = ((or_ln23_20_fu_703_p2[0:0] == 1'b1) ? 6'd0 : select_ln19_24_fu_622_p3);

assign select_ln19_22_fu_436_p3 = ((icmp_ln20_fu_422_p2[0:0] == 1'b1) ? 5'd0 : kk_reg_277);

assign select_ln19_23_fu_444_p3 = ((icmp_ln20_fu_422_p2[0:0] == 1'b1) ? add_ln19_fu_416_p2 : ap_phi_mux_ii_phi_fu_246_p4);

assign select_ln19_24_fu_622_p3 = ((icmp_ln20_reg_985[0:0] == 1'b1) ? p_cast28_i_i_mid1_fu_617_p2 : p_cast28_i_i_fu_552_p2);

assign select_ln19_25_fu_629_p3 = ((icmp_ln20_reg_985[0:0] == 1'b1) ? p_mid113_reg_1001 : empty_107_reg_964);

assign select_ln19_26_fu_638_p3 = ((icmp_ln20_reg_985[0:0] == 1'b1) ? or_ln23_18_fu_634_p2 : is_padding_reg_969);

assign select_ln19_27_fu_659_p3 = ((icmp_ln20_reg_985[0:0] == 1'b1) ? row_coord_int_mid131_fu_644_p3 : row_coord_int_fu_561_p3);

assign select_ln19_28_fu_666_p3 = ((icmp_ln20_reg_985[0:0] == 1'b1) ? col_coord_int_mid139_fu_652_p3 : col_coord_int_fu_583_p3);

assign select_ln19_fu_428_p3 = ((icmp_ln20_fu_422_p2[0:0] == 1'b1) ? 2'd0 : ap_phi_mux_jj_phi_fu_269_p4);

assign select_ln20_16_fu_501_p3 = ((or_ln19_fu_481_p2[0:0] == 1'b1) ? select_ln19_fu_428_p3 : add_ln20_fu_487_p2);

assign select_ln20_17_fu_709_p3 = ((or_ln19_reg_1007[0:0] == 1'b1) ? select_ln19_26_fu_638_p3 : or_ln23_20_fu_703_p2);

assign select_ln20_18_fu_739_p3 = ((or_ln19_reg_1007[0:0] == 1'b1) ? select_ln19_27_fu_659_p3 : row_coord_int_mid1_fu_716_p3);

assign select_ln20_19_fu_785_p3 = ((or_ln19_reg_1007_pp0_iter1_reg[0:0] == 1'b1) ? select_ln19_28_reg_1047 : col_coord_int_mid1_fu_776_p3);

assign select_ln20_20_fu_540_p3 = ((icmp_ln20_fu_422_p2[0:0] == 1'b1) ? 5'd1 : add_ln20_4_fu_534_p2);

assign select_ln20_fu_493_p3 = ((or_ln19_fu_481_p2[0:0] == 1'b1) ? select_ln19_22_fu_436_p3 : 5'd0);

assign sext_ln20_fu_782_p1 = (sub_ln32_reg_1075);

assign sext_ln22_fu_320_p1 = add_ln22_fu_314_p2;

assign sext_ln32_fu_808_p1 = (tmp_49_fu_801_p3);

assign sext_ln33_fu_819_p1 = (tmp_50_fu_813_p3);

assign sub_ln32_fu_770_p2 = (zext_ln32_fu_754_p1 - zext_ln32_32_fu_766_p1);

assign sub_ln33_cast_fu_610_p1 = (sub_ln33_fu_604_p2);

assign sub_ln33_fu_604_p2 = (zext_ln33_8_fu_600_p1 - zext_ln33_fu_590_p1);

assign tmp1_cast_fu_574_p1 = (tmp1_fu_568_p2);

assign tmp1_cast_mid1_fu_730_p1 = (tmp1_mid1_fu_724_p2);

assign tmp1_fu_568_p2 = ((zext_ln22_fu_557_p1) + (3'd7));

assign tmp1_mid1_fu_724_p2 = ((zext_ln22_4_fu_682_p1) + (3'd7));

assign tmp_144_i_i_fu_843_p4 = {{in_data_q0[31:16]}};

assign tmp_145_i_i_fu_865_p4 = {{in_data_q0[47:32]}};

assign tmp_146_i_i_fu_887_p4 = {{in_data_q0[63:48]}};

assign tmp_28_fu_758_p3 = {{select_ln20_18_fu_739_p3}, {3'd0}};

assign tmp_45_fu_329_p3 = add_ln22_fu_314_p2[32'd16];

assign tmp_46_fu_384_p3 = add_ln22_4_fu_379_p2[32'd17];

assign tmp_47_fu_467_p3 = kk_reg_277[32'd4];

assign tmp_48_fu_685_p3 = add_ln22_5_reg_1025[32'd17];

assign tmp_49_fu_801_p3 = {{add_ln32_fu_795_p2}, {lshr_ln_reg_1031_pp0_iter1_reg}};

assign tmp_50_fu_813_p3 = {{add_ln33_reg_1052_pp0_iter2_reg}, {lshr_ln_reg_1031_pp0_iter2_reg}};

assign tmp_fu_593_p3 = {{select_ln19_23_reg_994}, {2'd0}};

assign tmp_s_fu_746_p3 = {{select_ln20_18_fu_739_p3}, {6'd0}};

assign trunc_ln319_fu_288_p1 = indices_01_dout[5:0];

assign trunc_ln32_fu_827_p1 = in_data_q0[15:0];

assign xor_ln25_fu_475_p2 = (tmp_47_fu_467_p3 ^ 1'd1);

assign zext_ln19_fu_301_p1 = indices_01_read_reg_909;

assign zext_ln20_4_fu_509_p1 = add_ln20_fu_487_p2;

assign zext_ln20_fu_375_p1 = ap_phi_mux_jj_phi_fu_269_p4;

assign zext_ln22_4_fu_682_p1 = add_ln20_reg_1014;

assign zext_ln22_fu_557_p1 = jj_reg_265;

assign zext_ln32_32_fu_766_p1 = tmp_28_fu_758_p3;

assign zext_ln32_33_fu_791_p1 = select_ln20_19_fu_785_p3;

assign zext_ln32_fu_754_p1 = tmp_s_fu_746_p3;

assign zext_ln33_8_fu_600_p1 = tmp_fu_593_p3;

assign zext_ln33_9_fu_673_p1 = select_ln20_16_reg_1019;

assign zext_ln33_fu_590_p1 = select_ln19_23_reg_994;

always @ (posedge ap_clk) begin
    sub_ln32_reg_1075[2:0] <= 3'b000;
end

endmodule //td_fused_top_tdf4_readInputs37